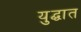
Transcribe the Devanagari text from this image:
युद्घात